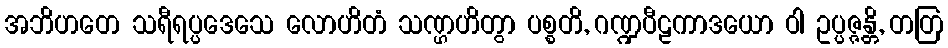
အဘိဟတေ သရီရပ္ပဒေသေ လောဟိတံ သဏ္ဌဟိတွာ ပစ္စတိ, ဂဏ္ဍပီဠကာဒယော ဝါ ဥပ္ပဇ္ဇန္တိ, တတြ